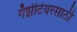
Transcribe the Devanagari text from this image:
गॅझेटियरसाठी